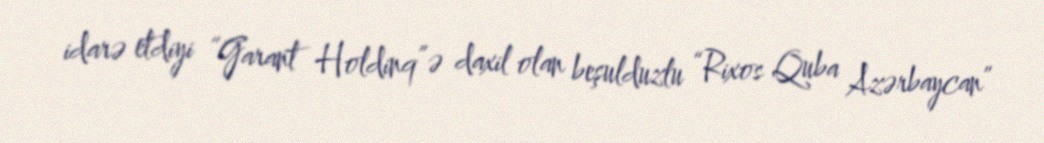
idarə etdiyi “Garant Holdinq”ə daxil olan beşulduzlu “Rixos Quba Azərbaycan”